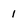
Character: l